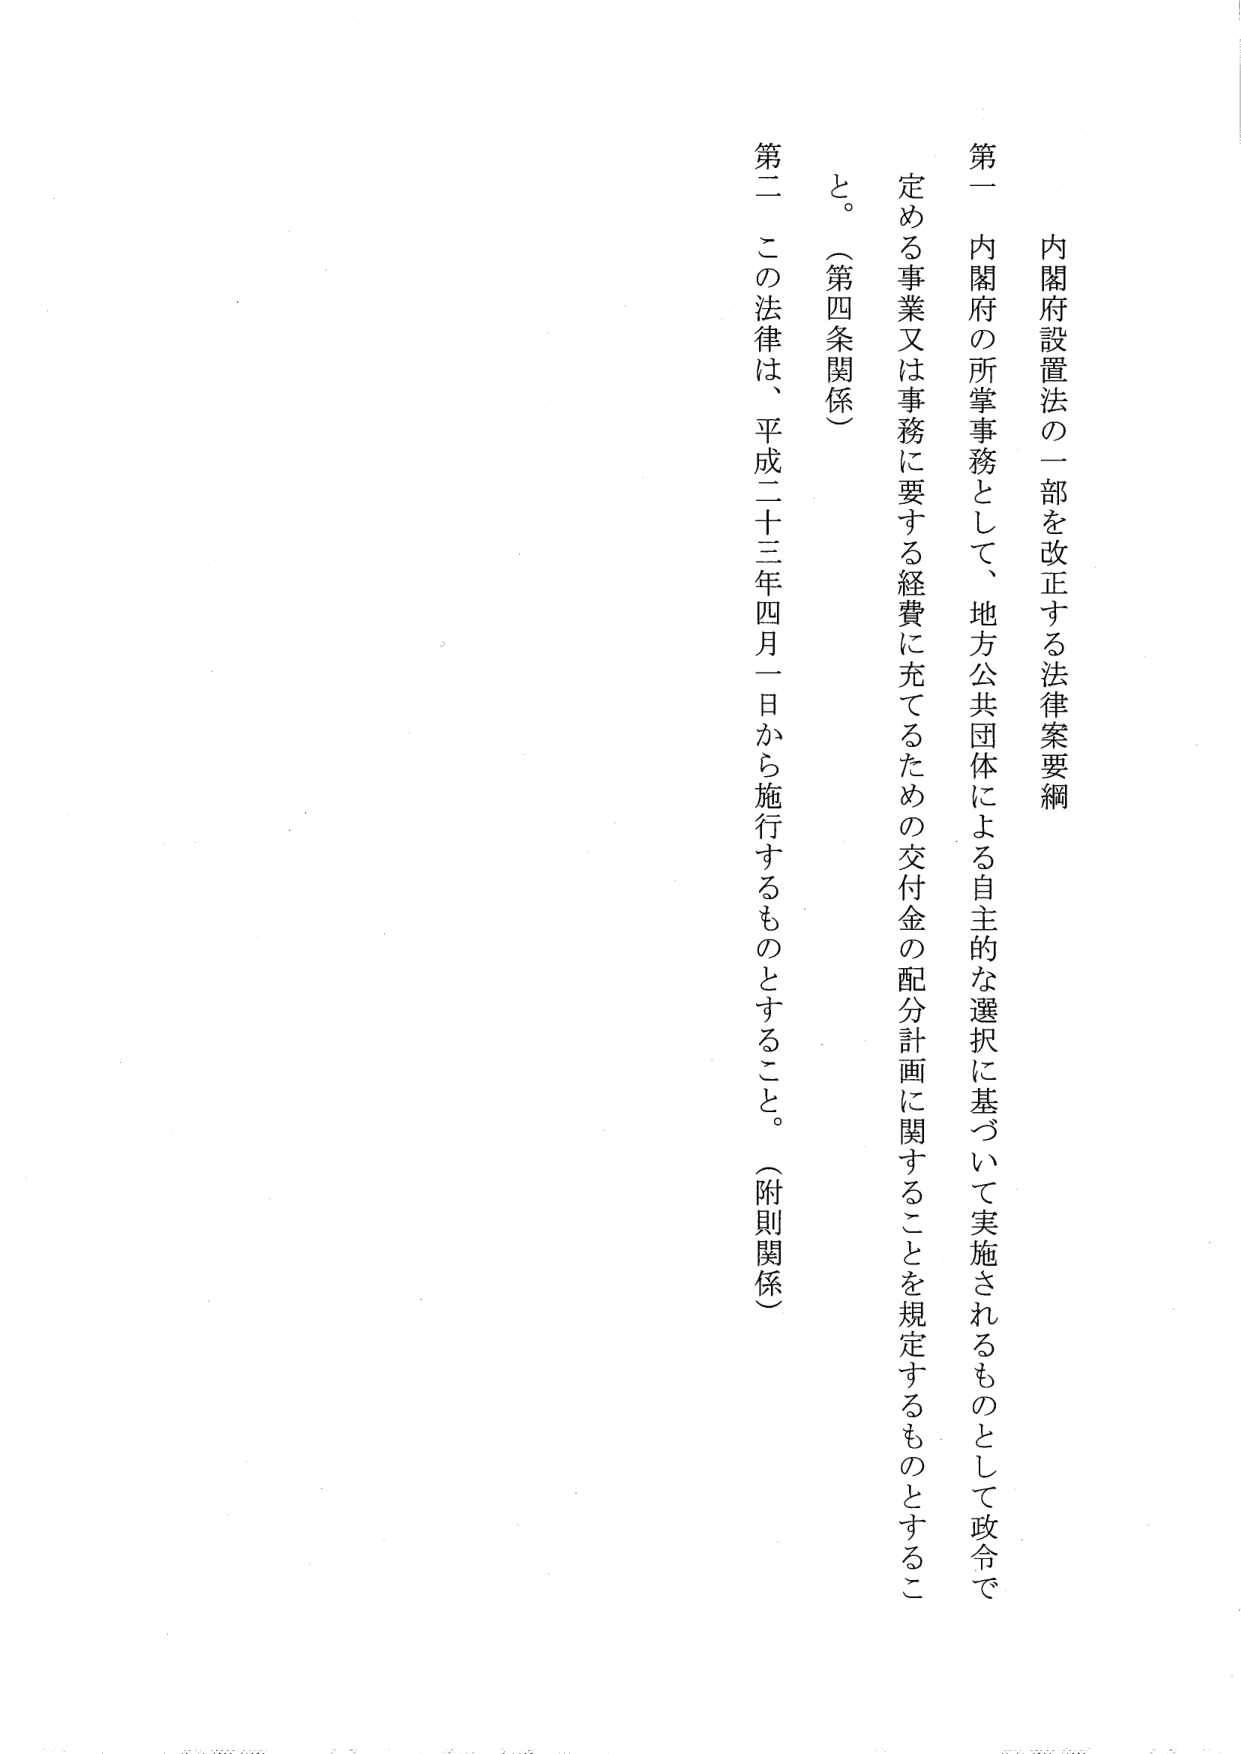
内閣府設置法の一部を改正する法律案要綱

第一　内閣府の所掌事務として、地方公共団体による自主的な選択に基づいて実施されるものとして政令で定める事業又は事務に要する経費に充てるための交付金の配分計画に関することを規定するものとすること。（第四条関係）

第二　この法律は、平成二十三年四月一日から施行するものとすること。（附則関係）